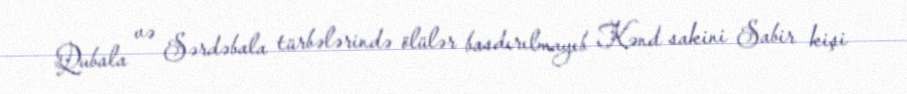
Qubala və Sərdəbala türbələrində ölülər basdırılmayıb Kənd sakini Sabir kişi